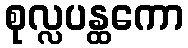
စုလ္လပန္ထကော